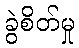
ခွဲစိတ်မှု